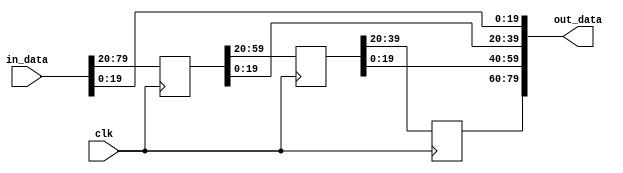
///////////////////////////////////////////////////////////////////////////////
// ./src/skew_channels.v : 
//
//
// Part of the DisplayPort_Verlog project - an open implementation of the 
// DisplayPort protocol for FPGA boards. 
//
// See https://github.com/hamsternz/DisplayPort_Verilog for latest versions.
//
///////////////////////////////////////////////////////////////////////////////
// Version |  Notes
// ----------------------------------------------------------------------------
//   1.0   | Initial Release
//
///////////////////////////////////////////////////////////////////////////////
//
// MIT License
// 
// Copyright (c) 2019 Mike Field
// 
// Permission is hereby granted, free of charge, to any person obtaining a copy
// of this software and associated documentation files (the "Software"), to deal
// in the Software without restriction, including without limitation the rights
// to use, copy, modify, merge, publish, distribute, sublicense, and/or sell
// copies of the Software, and to permit persons to whom the Software is
// furnished to do so, subject to the following conditions:
// 
// The above copyright notice and this permission notice shall be included in all
// copies or substantial portions of the Software.
// 
// THE SOFTWARE IS PROVIDED "AS IS", WITHOUT WARRANTY OF ANY KIND, EXPRESS OR
// IMPLIED, INCLUDING BUT NOT LIMITED TO THE WARRANTIES OF MERCHANTABILITY,
// FITNESS FOR A PARTICULAR PURPOSE AND NONINFRINGEMENT. IN NO EVENT SHALL THE
// AUTHORS OR COPYRIGHT HOLDERS BE LIABLE FOR ANY CLAIM, DAMAGES OR OTHER
// LIABILITY, WHETHER IN AN ACTION OF CONTRACT, TORT OR OTHERWISE, ARISING FROM,
// OUT OF OR IN CONNECTION WITH THE SOFTWARE OR THE USE OR OTHER DEALINGS IN THE
// SOFTWARE.
//
///////////////////////////////////////////////////////////////////////////////
//
// Want to say thanks?
//
// This design has taken many hours - 3 months of work for the initial VHDL
// design, and another month or so to convert it to Verilog for this release.
//
// I'm more than happy to share it if you can make use of it. It is released
// under the MIT license, so you are not under any onus to say thanks, but....
//
// If you what to say thanks for this design either drop me an email, or how about
// trying PayPal to my email (hamster@snap.net.nz)?
//
//  Educational use - Enough for a beer
//  Hobbyist use    - Enough for a pizza
//  Research use    - Enough to take the family out to dinner
//  Commercial use  - A weeks pay for an engineer (I wish!)
//
///////////////////////////////////////////////////////////////////////////////
`timescale 1ns / 1ps
 
module skew_channels (
    input wire clk,
    input wire [79:0]  in_data,
    output wire [79:0] out_data
    );

  reg [59:0] delay0;
  reg [39:0] delay1;
  reg [19:0] delay2;

  assign out_data[79:60] = delay2[19:0];
  assign out_data[59:40] = delay1[19:0];
  assign out_data[39:20] = delay0[19:0];
  assign out_data[19:0]  = in_data[19:0];

always @(posedge clk) begin
    delay2 <= delay1[39:20];
    delay1 <= delay0[59:20];
    delay0 <= in_data[79:20];
end

endmodule